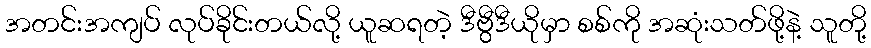
အတင်းအကျပ် လုပ်ခိုင်းတယ်လို့ ယူဆရတဲ့ ဒီဗွီဒီယိုမှာ စစ်ကို အဆုံးသတ်ဖို့နဲ့ သူတို့